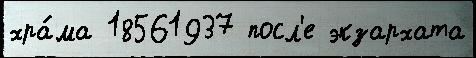
хра́ма 18561937 посл'е экзархата